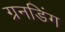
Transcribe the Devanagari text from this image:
ग्रनडिंग